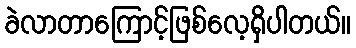
ခဲလာတာကြောင့်ဖြစ်လေ့ရှိပါတယ်။